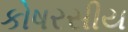
કોષરસીય